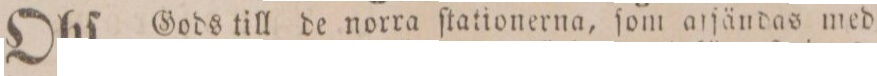
Obſ. Gods till de norra ſtationerna, ſom affändas med